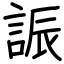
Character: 誫